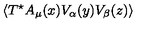
\langle T ^ { \star } A _ { \mu } ( x ) V _ { \alpha } ( y ) V _ { \beta } ( z ) \rangle